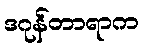
ဒဂုန်တာရာက